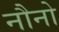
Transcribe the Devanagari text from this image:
नौनो